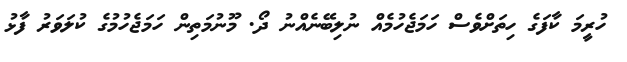
ހުރީމަ ކާފަގެ ހިތަށްވެސް ހަމަޖެހުމެއް ނުލިބޭނެއްނު ދޯ. މޫނުމަތިން ހަމަޖެހުމުގެ ކުލަވަރު ފާޅު